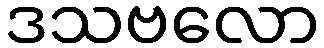
ဒသဗလော